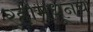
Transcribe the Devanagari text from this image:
र्‍होमधूनच